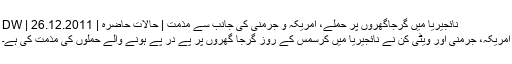
نائجیریا میں گرجاگھروں پر حملے، امریکہ و جرمنی کی جانب سے مذمت | حالات حاضرہ | DW | 26.12.2011
امریکہ، جرمنی اور ویٹی کن نے نائجیریا میں کرسمس کے روز گرجا گھروں پر پے در پے ہونے والے حملوں کی مذمت کی ہے۔